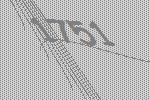
1751